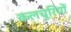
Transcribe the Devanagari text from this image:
कलचूरियों